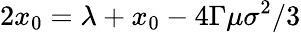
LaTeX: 2x_{0}=\lambda+x_{0}-4\Gamma\mu\sigma^{2}/3